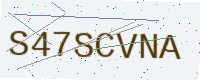
Text: S47SCVNA